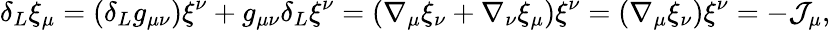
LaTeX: \delta_{L}\xi_{\mu}=(\delta_{L}g_{\mu\nu})\xi^{\nu}+g_{\mu\nu}\delta_{L}\xi^{\nu}=(\nabla_{\mu}\xi_{\nu}+\nabla_{\nu}\xi_{\mu})\xi^{\nu}=(\nabla_{\mu}\xi_{\nu})\xi^{\nu}=-{\cal J}_{\mu},